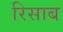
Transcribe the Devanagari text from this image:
रिसाब